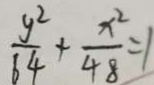
\frac { y ^ { 2 } } { 6 4 } + \frac { x ^ { 2 } } { 4 8 } = 1